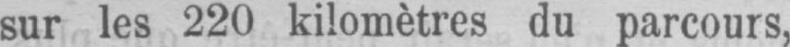
sur les 220 kilomètres du parcours,